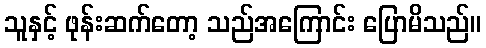
သူနှင့် ဖုန်းဆက်တော့ သည်အကြောင်း ပြောမိသည်။